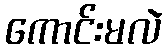
ကောင်းမလဲ